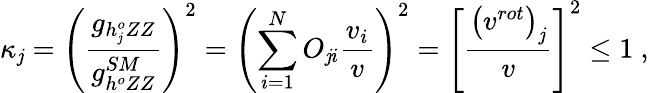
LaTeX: \kappa_{\mathit{j}}=\left(\frac{{g_{h_{\mathit{j}}^{o}ZZ}}}{{g_{h^{o}ZZ}^{SM}}}\right)^{2}=\left(\sum_{i=1}^{N}O_{\mathit{j}i}\frac{{v_{i}}}{{v}}\right)^{2}=\left[\frac{{\left(v^{rot}\right)_{\mathit{j}}}}{{v}}\right]^{2}\leq1\ ,